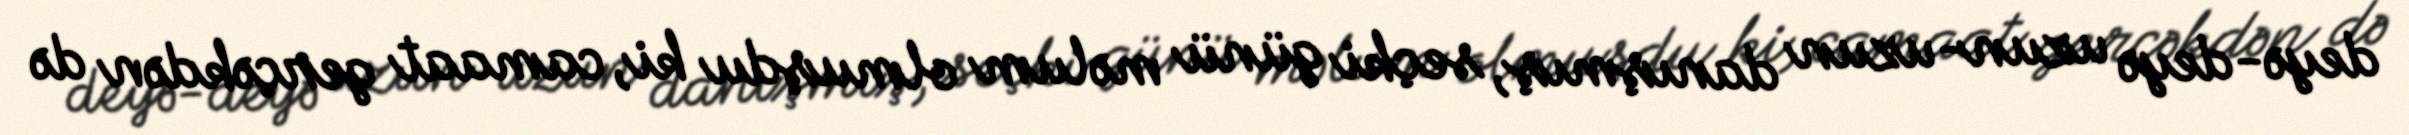
deyə-deyə uzun-uzun danışmış, seçki günü məlum olmuşdu ki, camaat gerçəkdən də